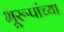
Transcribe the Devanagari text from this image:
भूरूपांच्या